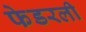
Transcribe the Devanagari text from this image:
फेडरली